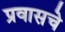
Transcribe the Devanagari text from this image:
प्रवासचे